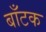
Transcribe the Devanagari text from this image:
बाँटक